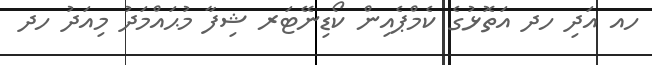
ހއ އަދި ހދ އަތޮޅުގެ ކެމްޕެއިން ކޯޑިނޭޓަރ ޝިފާ މުޙައްމަދު މިއަދު ހދ